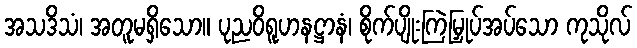
အသဒိသံ၊ အတူမရှိသော။ ပုညဝိရူဟနဋ္ဌာနံ၊ စိုက်ပျိုးကြဲမြှုပ်အပ်သော ကုသိုလ်